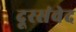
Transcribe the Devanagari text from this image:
दूरसंवेद